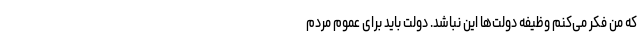
که من فکر می‌کنم وظیفه دولت‌ها این نباشد. دولت باید برای عموم مردم